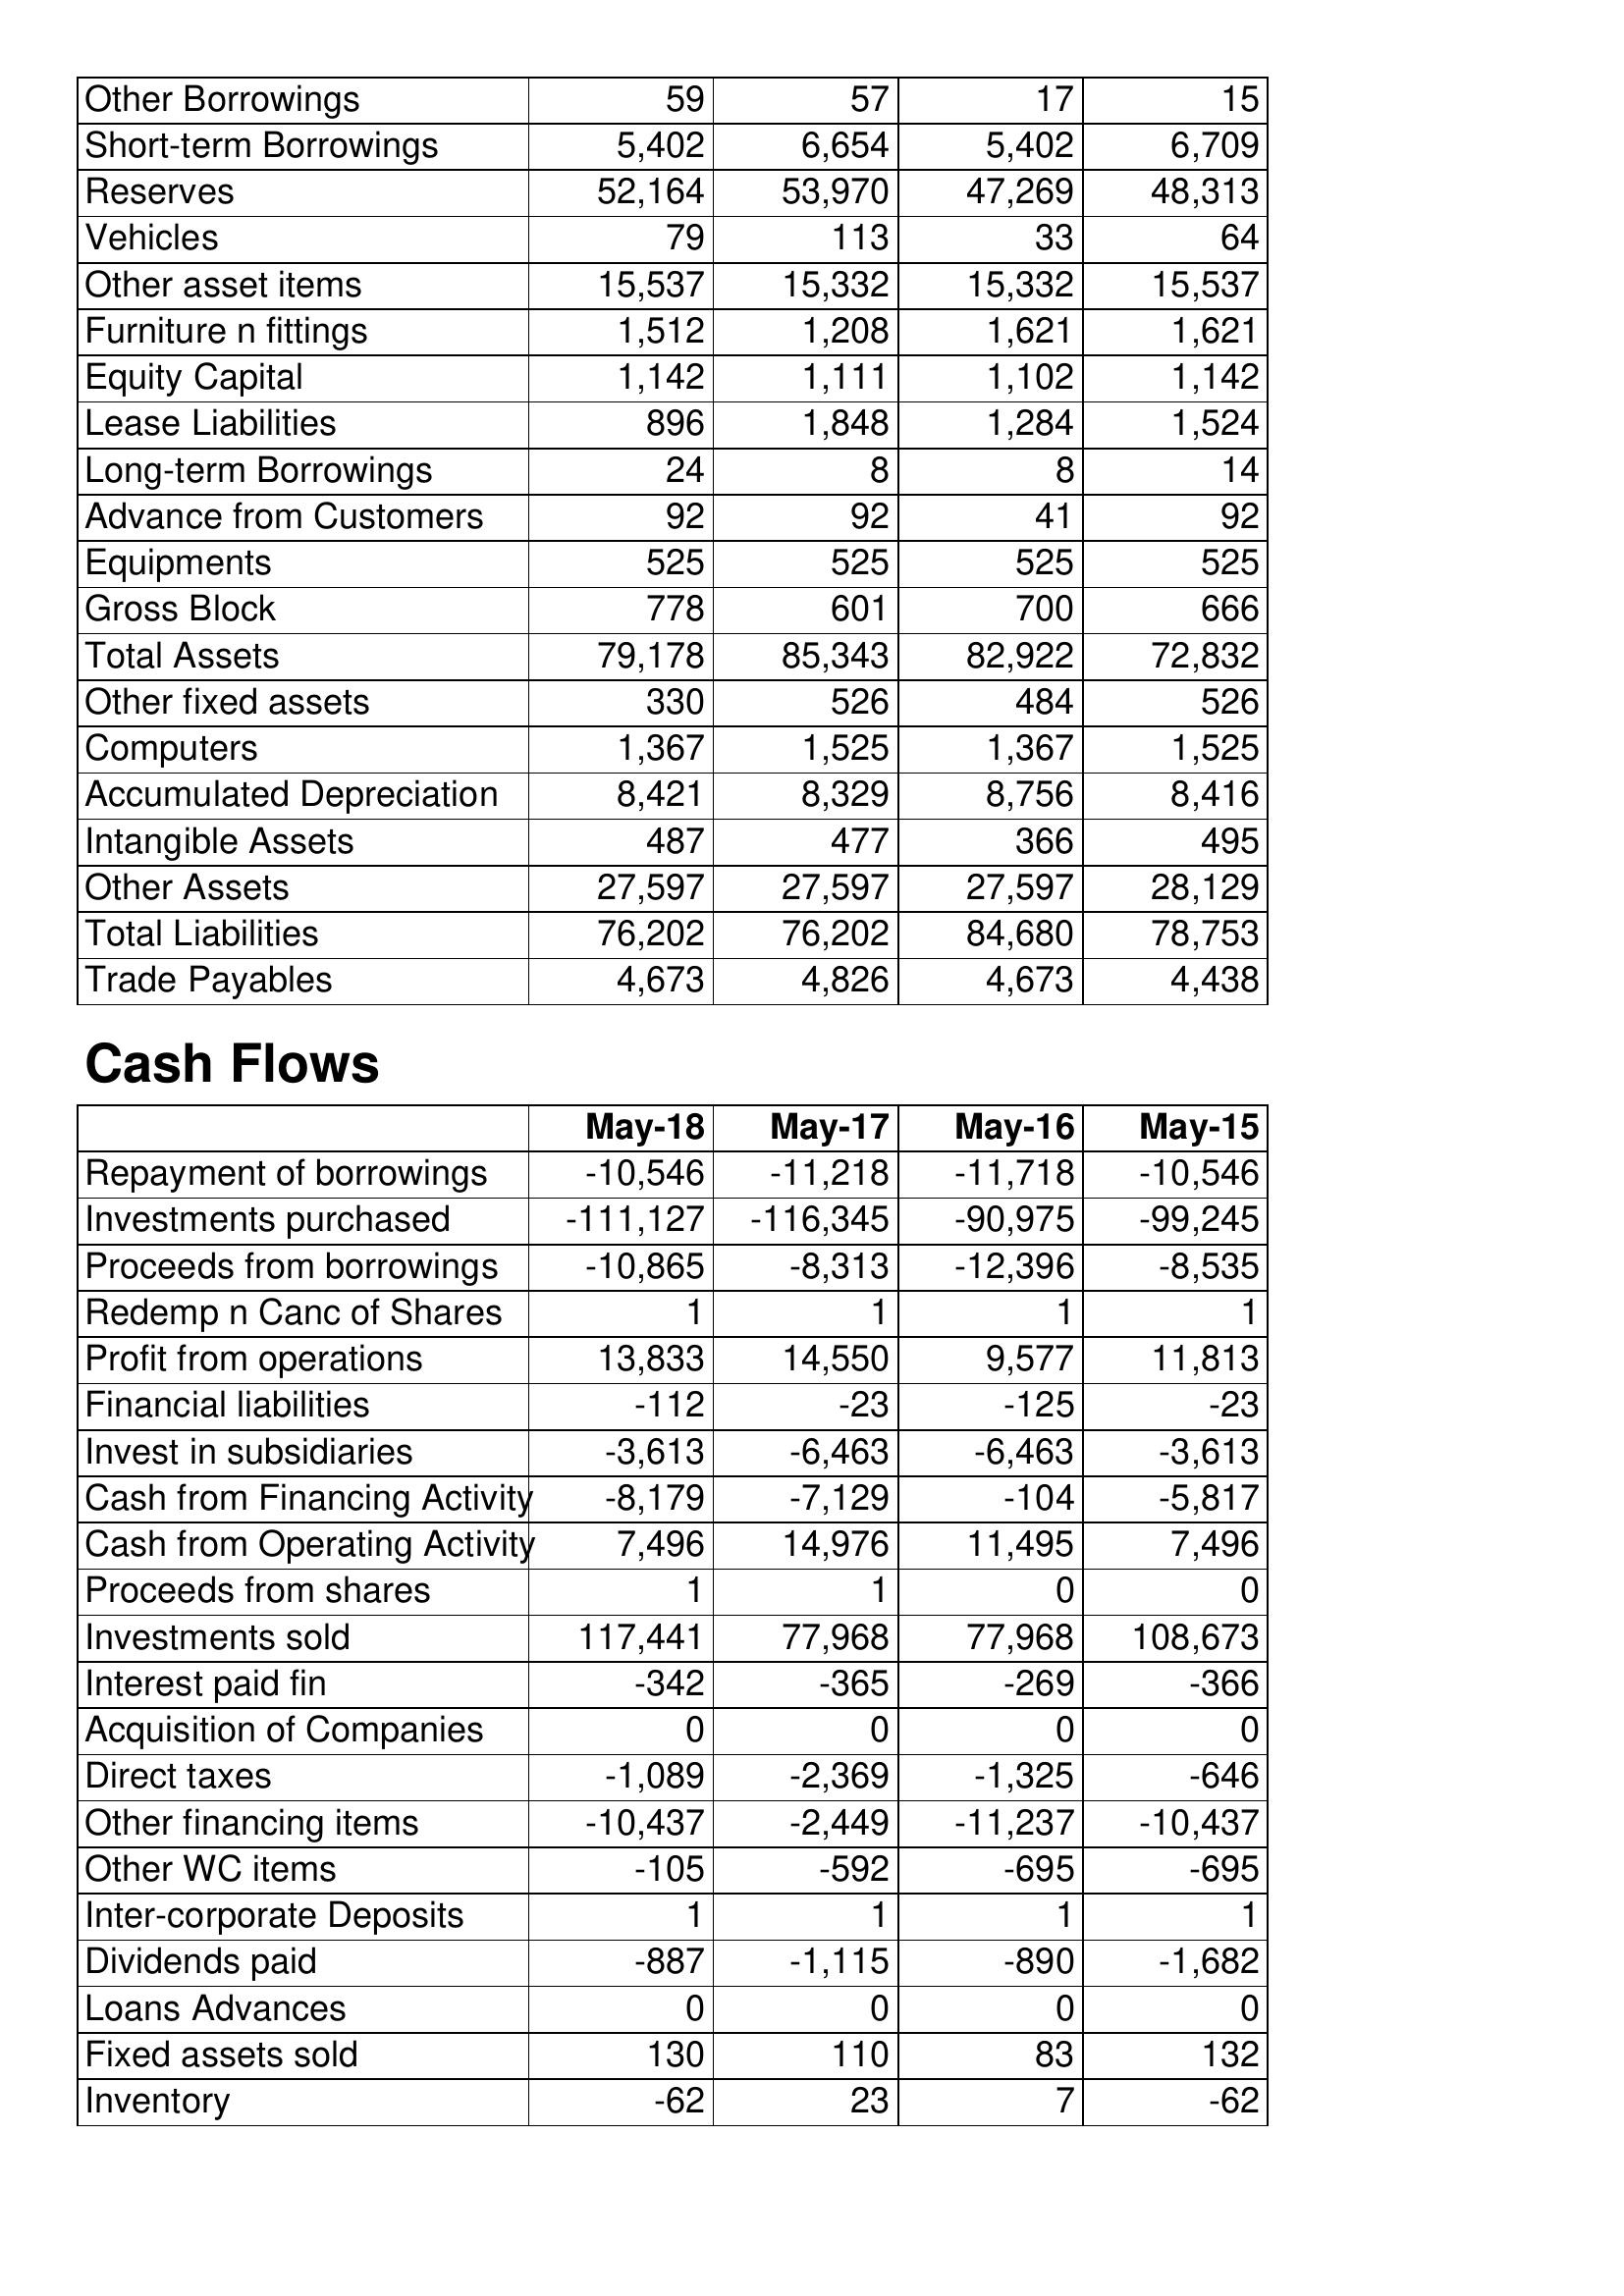
May-18: Balance Sheet: Other Borrowings: 59
Short-term Borrowings: 5,402
Reserves: 52,164
Vehicles: 79
Other asset items: 15,537
Furniture n fittings: 1,512
Equity Capital: 1,142
Lease Liabilities: 896
Long-term Borrowings: 24
Advance from Customers: 92
Equipments: 525
Gross Block: 778
Total Assets: 79,178
Other fixed assets: 330
Computers: 1,367
Accumulated Depreciation: 8,421
Intangible Assets: 487
Other Assets: 27,597
Total Liabilities: 76,202
Trade Payables: 4,673
Cash Flows: Repayment of borrowings: -10,546
Investments purchased: -111,127
Proceeds from borrowings: -10,865
Redemp n Canc of Shares: 1
Profit from operations: 13,833
Financial liabilities: -112
Invest in subsidiaries: -3,613
Cash from Financing Activity: -8,179
Cash from Operating Activity: 7,496
Proceeds from shares: 1
Investments sold: 117,441
Interest paid fin: -342
Acquisition of Companies: 0
Direct taxes: -1,089
Other financing items: -10,437
Other WC items: -105
Inter-corporate Deposits: 1
Dividends paid: -887
Loans Advances: 0
Fixed assets sold: 130
Inventory: -62
May-17: Balance Sheet: Other Borrowings: 57
Short-term Borrowings: 6,654
Reserves: 53,970
Vehicles: 113
Other asset items: 15,332
Furniture n fittings: 1,208
Equity Capital: 1,111
Lease Liabilities: 1,848
Long-term Borrowings: 8
Advance from Customers: 92
Equipments: 525
Gross Block: 601
Total Assets: 85,343
Other fixed assets: 526
Computers: 1,525
Accumulated Depreciation: 8,329
Intangible Assets: 477
Other Assets: 27,597
Total Liabilities: 76,202
Trade Payables: 4,826
Cash Flows: Repayment of borrowings: -11,218
Investments purchased: -116,345
Proceeds from borrowings: -8,313
Redemp n Canc of Shares: 1
Profit from operations: 14,550
Financial liabilities: -23
Invest in subsidiaries: -6,463
Cash from Financing Activity: -7,129
Cash from Operating Activity: 14,976
Proceeds from shares: 1
Investments sold: 77,968
Interest paid fin: -365
Acquisition of Companies: 0
Direct taxes: -2,369
Other financing items: -2,449
Other WC items: -592
Inter-corporate Deposits: 1
Dividends paid: -1,115
Loans Advances: 0
Fixed assets sold: 110
Inventory: 23
May-16: Balance Sheet: Other Borrowings: 17
Short-term Borrowings: 5,402
Reserves: 47,269
Vehicles: 33
Other asset items: 15,332
Furniture n fittings: 1,621
Equity Capital: 1,102
Lease Liabilities: 1,284
Long-term Borrowings: 8
Advance from Customers: 41
Equipments: 525
Gross Block: 700
Total Assets: 82,922
Other fixed assets: 484
Computers: 1,367
Accumulated Depreciation: 8,756
Intangible Assets: 366
Other Assets: 27,597
Total Liabilities: 84,680
Trade Payables: 4,673
Cash Flows: Repayment of borrowings: -11,718
Investments purchased: -90,975
Proceeds from borrowings: -12,396
Redemp n Canc of Shares: 1
Profit from operations: 9,577
Financial liabilities: -125
Invest in subsidiaries: -6,463
Cash from Financing Activity: -104
Cash from Operating Activity: 11,495
Proceeds from shares: 0
Investments sold: 77,968
Interest paid fin: -269
Acquisition of Companies: 0
Direct taxes: -1,325
Other financing items: -11,237
Other WC items: -695
Inter-corporate Deposits: 1
Dividends paid: -890
Loans Advances: 0
Fixed assets sold: 83
Inventory: 7
May-15: Balance Sheet: Other Borrowings: 15
Short-term Borrowings: 6,709
Reserves: 48,313
Vehicles: 64
Other asset items: 15,537
Furniture n fittings: 1,621
Equity Capital: 1,142
Lease Liabilities: 1,524
Long-term Borrowings: 14
Advance from Customers: 92
Equipments: 525
Gross Block: 666
Total Assets: 72,832
Other fixed assets: 526
Computers: 1,525
Accumulated Depreciation: 8,416
Intangible Assets: 495
Other Assets: 28,129
Total Liabilities: 78,753
Trade Payables: 4,438
Cash Flows: Repayment of borrowings: -10,546
Investments purchased: -99,245
Proceeds from borrowings: -8,535
Redemp n Canc of Shares: 1
Profit from operations: 11,813
Financial liabilities: -23
Invest in subsidiaries: -3,613
Cash from Financing Activity: -5,817
Cash from Operating Activity: 7,496
Proceeds from shares: 0
Investments sold: 108,673
Interest paid fin: -366
Acquisition of Companies: 0
Direct taxes: -646
Other financing items: -10,437
Other WC items: -695
Inter-corporate Deposits: 1
Dividends paid: -1,682
Loans Advances: 0
Fixed assets sold: 132
Inventory: -62